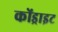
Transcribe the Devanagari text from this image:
कोंड्राइट